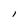
Character: I